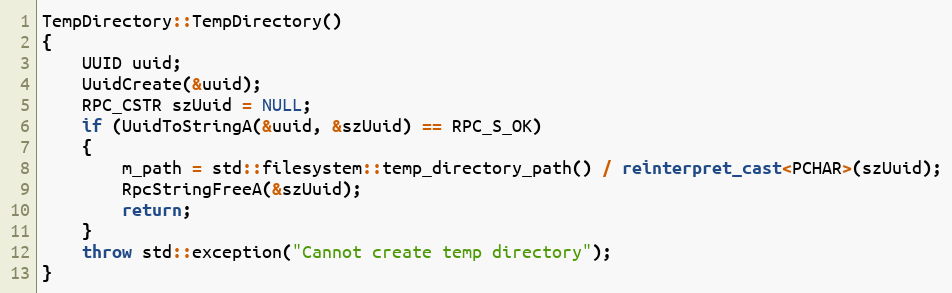
Language: C++
TempDirectory::TempDirectory()
{
    UUID uuid;
    UuidCreate(&uuid);
    RPC_CSTR szUuid = NULL;
    if (UuidToStringA(&uuid, &szUuid) == RPC_S_OK)
    {
        m_path = std::filesystem::temp_directory_path() / reinterpret_cast<PCHAR>(szUuid);
        RpcStringFreeA(&szUuid);
        return;
    }
    throw std::exception("Cannot create temp directory");
}